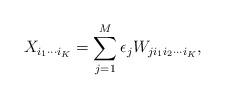
LaTeX: \begin{align*} X_{i_1\cdots i_K} = \sum_{j=1}^{M}\epsilon_j W_{ji_1i_2\cdots i_K},\end{align*}